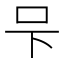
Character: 𭆼